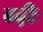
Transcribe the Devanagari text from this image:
बढ़ीः